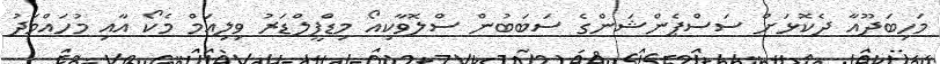
މަހިބަދޫއާ ދެކޮޅަށް ސަސްޕެންޝަންގެ ސަަބަބުން ސްލޮވާކިއޯ މިޑްފީލްޑަރު ވިލިއަމް މެކޯ އާއި މުހައްމަދު